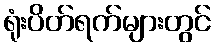
ရုံးပိတ်ရက်များတွင်